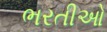
ભરતીઓ